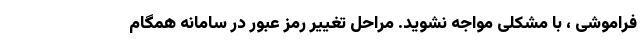
فراموشی ، با مشکلی مواجه نشوید. مراحل تغییر رمز عبور در سامانه همگام